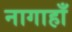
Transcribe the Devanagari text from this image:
नागाहाँ